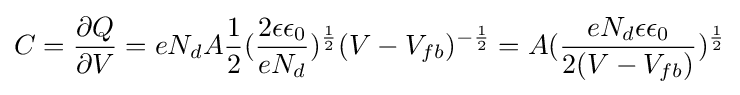
C={\frac {\partial {Q}}{\partial {V}}}=eN_{d}A{\frac {1}{2}}({\frac {2\epsilon \epsilon _{0}}{eN_{d}}})^{\frac {1}{2}}(V-V_{fb})^{-{\frac {1}{2}}}=A({\frac {eN_{d}\epsilon \epsilon _{0}}{2(V-V_{fb})}})^{\frac {1}{2}}